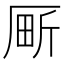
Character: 𫨍